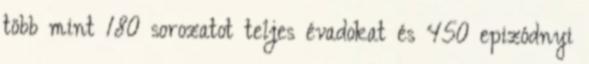
több mint 180 sorozatot teljes évadokat és 450 epizódnyi